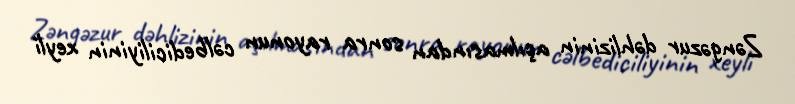
Zəngəzur dəhlizinin açılmasından sonra rayonun cəlbediciliyinin xeyli